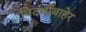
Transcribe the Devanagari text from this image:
विदर्भाबाहेर